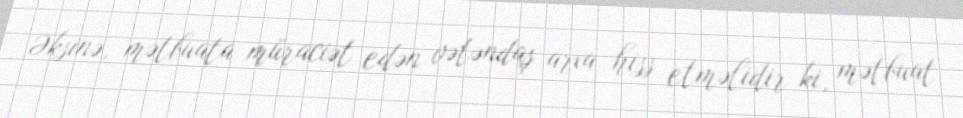
Əksinə, mətbuata müraciət edən vətəndaş arxa hiss etməlidir ki, mətbuat